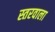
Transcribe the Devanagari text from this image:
स्तरवाला